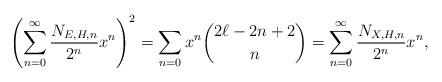
LaTeX: \begin{align*}\left(\sum_{n=0}^{\infty} \frac{N_{E,H,n}}{2^n} x^n\right)^2=\sum_{n=0} x^n \binom{2\ell-2n+2}{n}=\sum_{n=0}^{\infty} \frac{N_{X,H,n}}{2^n} x^n,\end{align*}